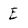
Character: E